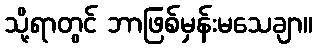
သို့ရာတွင် ဘာဖြစ်မှန်းမသေချာ။